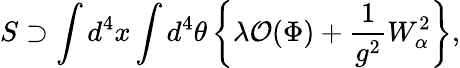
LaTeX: S\supset\int d^{4}x\int d^{4}\theta\left\{ \lambda{\cal O}(\Phi)+{\frac{1}{g^{2}}}W_{\alpha}^{2}\right\} ,